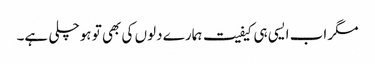
مگر اب ایسی ہی کیفیت ہمارے دلوں کی بھی تو ہوچلی ہے۔